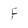
Character: f